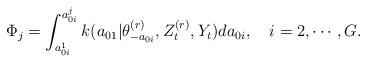
LaTeX: \begin{align*}\Phi_j=\int_{a_{0i}^1}^{a_{0i}^j}{k(a_{01}|\theta_{-a_{0i}}^{(r)},Z^{(r)}_t,Y_t)da_{0i}},\ \ \ i=2,\cdots,G.\end{align*}